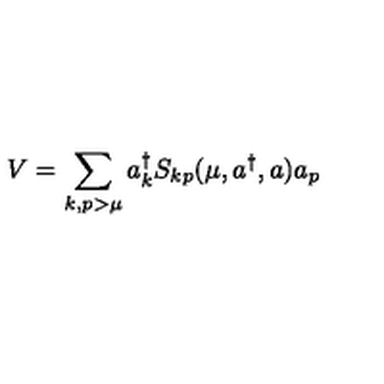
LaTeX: V = \sum _ { k , p > \mu } a _ { k } ^ { \dagger } S _ { k p } ( \mu , a ^ { \dagger } , a ) a _ { p }